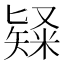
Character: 𥻊